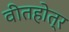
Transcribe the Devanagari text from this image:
वीतहोत्र